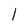
Character: 1